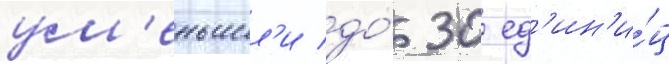
ум'еньшил'и до́ 30 ед'ин'и́ц